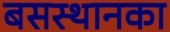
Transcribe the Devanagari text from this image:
बसस्थानका